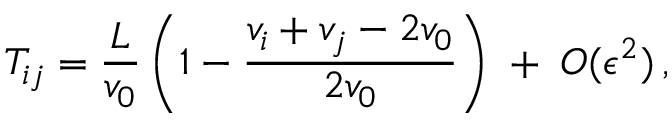
T _ { i j } = \frac { L } { v _ { 0 } } \left( 1 - \frac { v _ { i } + v _ { j } - 2 v _ { 0 } } { 2 v _ { 0 } } \right) \; + \; { \cal O } ( \epsilon ^ { 2 } ) \, ,